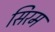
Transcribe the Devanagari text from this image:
सिरम